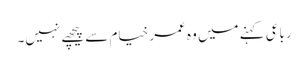
رباعی کہنے میں وہ عمر خیام سے پیچھے نہیں۔